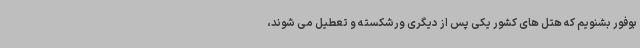
بوفور بشنویم که هتل های کشور یکی پس از دیگری ورشکسته و تعطیل می شوند،